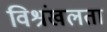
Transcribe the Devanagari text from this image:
विश्रंखलता